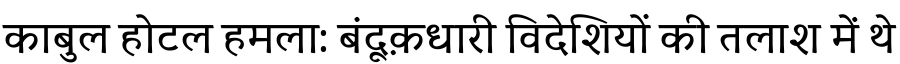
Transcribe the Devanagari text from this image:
काबुल होटल हमला: बंदूक़धारी विदेशियों की तलाश में थे